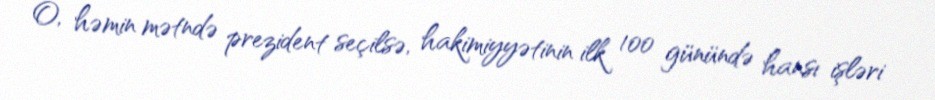
O, həmin mətndə prezident seçilsə, hakimiyyətinin ilk 100 günündə hansı işləri